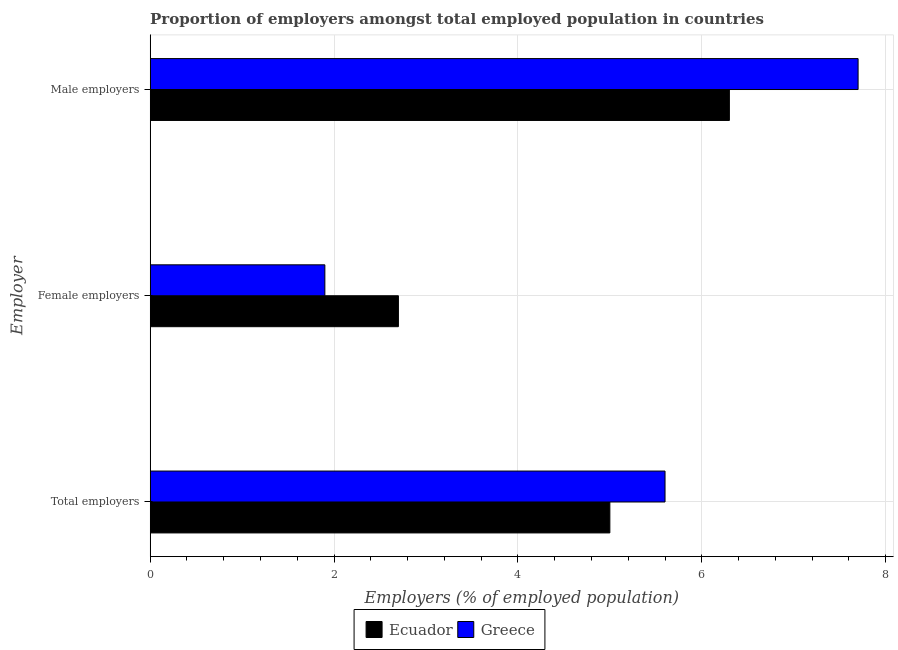
| Employer | Ecuador | Greece |
 | --- | --- | --- |
 | Total employers | 5 | 5.6 |
 | Female employers | 2.7 | 1.9 |
 | Male employers | 6.3 | 7.7 |